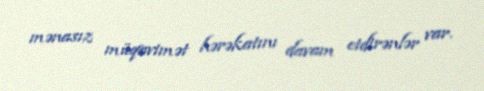
mənasız müqavimət hərəkatını davam etdirənlər var.